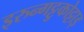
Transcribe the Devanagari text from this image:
इरुन्गट्टुकोट्टाइ